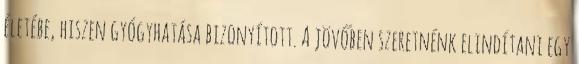
életébe, hiszen gyógyhatása bizonyított. A jövőben szeretnénk elindítani egy